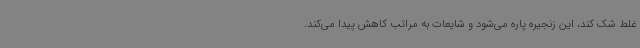
غلط شک کند، این زنجیره پاره می‌شود و شایعات به مراتب کاهش پیدا می‌کند.